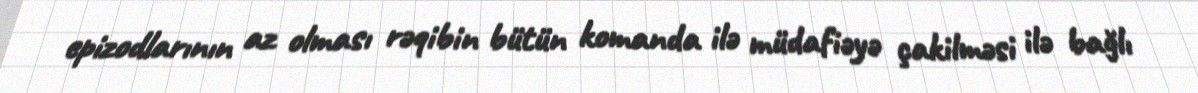
epizodlarının az olması rəqibin bütün komanda ilə müdafiəyə çakilməsi ilə bağlı